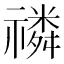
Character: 𥛷